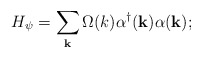
\begin{align*}H_{\psi} = \sum_{\bf k}\Omega(k){\alpha}^{\dagger}({\bf k}){\alpha}({\bf k});\end{align*}